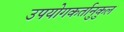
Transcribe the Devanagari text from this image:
उपयोगकर्तानुकुल